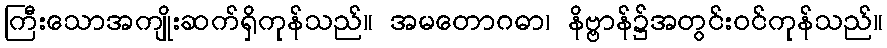
ကြီးသောအကျိုးဆက်ရှိကုန်သည်။ အမတောဂဓာ၊ နိဗ္ဗာန်၌အတွင်းဝင်ကုန်သည်။